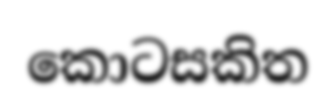
කොටසකිත